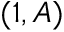
( 1 , A )